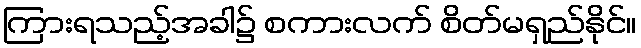
ကြားရသည့်အခါ၌ စကားလက် စိတ်မရှည်နိုင်။